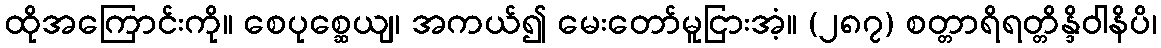
ထိုအကြောင်းကို။ စေပုစ္ဆေယျ၊ အကယ်၍ မေးတော်မူငြားအံ့။ (၂၈၇) စတ္တာရိရတ္တိန္ဒိဝါနိပိ၊